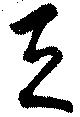
天